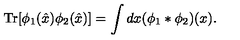
\mathrm { T r } [ \phi _ { 1 } ( \hat { x } ) \phi _ { 2 } ( \hat { x } ) ] = \int d x ( \phi _ { 1 } * \phi _ { 2 } ) ( x ) .